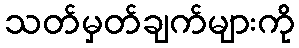
သတ်မှတ်ချက်များကို